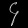
Digit: ၄